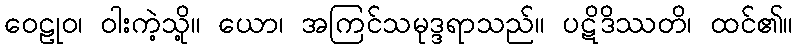
ဝေဠုဝ၊ ဝါးကဲ့သို့။ ယော၊ အကြင်သမုဒ္ဒရာသည်။ ပဋိဒိဿတိ၊ ထင်၏။